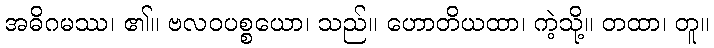
အဓိဂမဿ၊ ၏။ ဗလဝပစ္စယော၊ သည်။ ဟောတိယထာ၊ ကဲ့သို့။ တထာ၊ တူ။